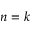
n = k